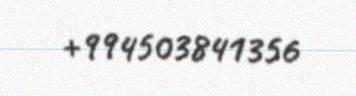
+994503841356